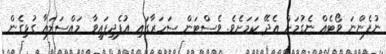
ނުފެންނަ ވޯޓެއް ނެގުމަށް އެދޭ ކަމަށެވެ. ވެސްޓަން ސަހަރާގައި އުފެދިފައިވާ މައްސަލައާ ގުޅިގެން